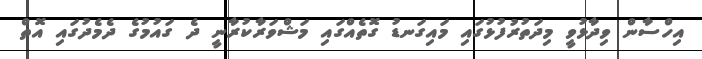
އިހްސާން ވިދާޅުވީ މިދަތުރުފުޅުގައި މައިގަނޑު ގޮތެއްގައި މަޝްވަރާކުރާނީ ދެ ގައުމުގެ ދެމެދުގައި އޮތް